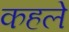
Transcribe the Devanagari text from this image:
कहले